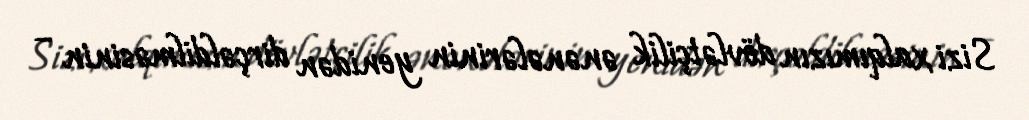
Sizi xalqımızın dövlətçilik ənənələrinin yenidən dirçəldilməsinin –